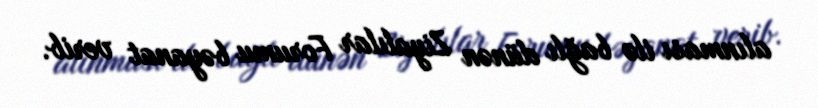
alınması ilə bağlı dünən Ziyalılar Forumu bəyanat verib.